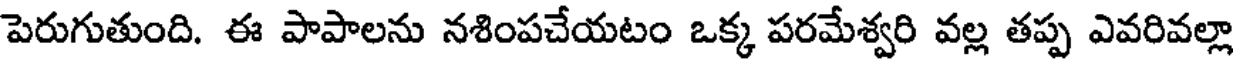
పెరుగుతుంది. ఈ పాపాలను నశింపచేయటం ఒక్క పరమేశ్వరి వల్ల తప్ప ఎవరివల్లా